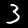
Label: 3